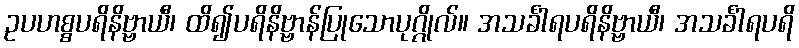
ဥပဟစ္စပရိနိဗ္ဗာယီ၊ ထိ၍ပရိနိဗ္ဗာန်ပြုသောပုဂ္ဂိုလ်။ အသင်္ခါရပရိနိဗ္ဗာယီ၊ အသင်္ခါရပရိ